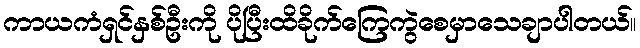
ကာယကံရှင်နှစ်ဦးကို ပိုပြီးထိခိုက်ကြေကွဲစေမှာသေချာပါတယ်။